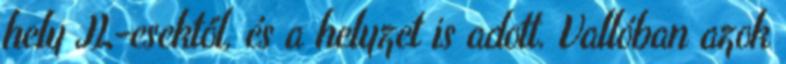
hely JL-esektől, és a helyzet is adott. Vallóban azok